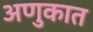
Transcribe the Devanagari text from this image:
अणुकात